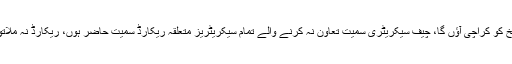
ایڈووکیٹ جنرل کے مؤقف پر چیف جسٹس پاکستان نے کہا کہ اس ہفتے 26 تاریخ کو کراچی آؤں گا، چیف سیکریٹری سمیت تعاون نہ کرنے والے تمام سیکریٹریز متعلقہ ریکارڈ سمیت حاضر ہوں، ریکارڈ نہ ملاتو دیکھیں گےچیف سیکریٹری اور دیگر افسران کے خلاف کیا کارروائی بنتی ہے۔